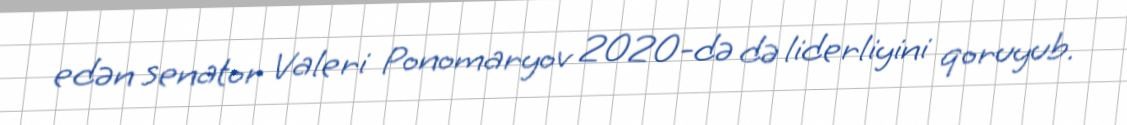
edən senator Valeri Ponomaryov 2020-də də liderliyini qoruyub.